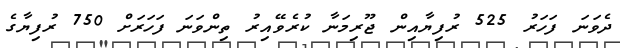
ދެވަނަ ފަހަރު 525 ރުފިޔާއިން ޖޫރިމަނާ ކުރެވޭއިރު ތިންވަނަ ފަހަރަށް 750 ރުފިޔާގެ